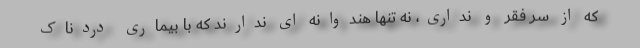
که از سر فقر و نداری، نه تنها هندوانه ای ندارند که با بیماری دردناک